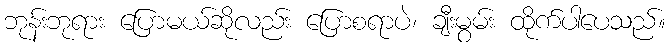
ဘုန်းဘုရား ပြောမယ်ဆိုလည်း ပြောစရာပဲ၊ ချီးမွမ်း ထိုက်ပါပေသည်။